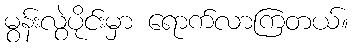
မွန်းလွဲပိုင်းမှာ ရောက်လာကြတယ်။